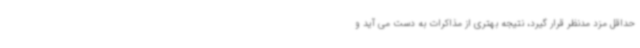
حداقل مزد مدنظر قرار گیرد، نتیجه بهتری از مذاکرات به دست می آید و